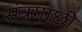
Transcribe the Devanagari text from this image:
संत्रगाछी